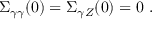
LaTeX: \Sigma _ { \gamma \gamma } ( 0 ) = \Sigma _ { \gamma Z } ( 0 ) = 0 ~ .